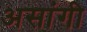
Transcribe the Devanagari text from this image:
असांगी